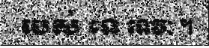
របស់ ទេ ទេវៈ ។